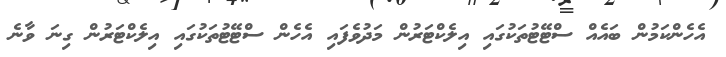
އެހެންކަމުން ބައެއް ސްޓޭޓުތަކުގައި އިލެކްޓަރުން މަދުވެފައި އެހެން ސްޓޭޓުތަކުގައި އިލެކްޓަރުން ގިނަ ވާނެ